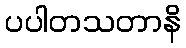
ပပါတသတာနိ